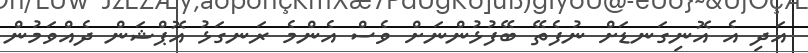
އަދި އެ އޮނިގަނޑަށް ނުފެތޭ ބޭފުޅުންނަށް ވެސް އެންމެ ރަނގަޅު އޮޕްޝަން ދެއްވަމުން